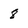
Character: 8